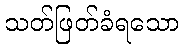
သတ်ဖြတ်ခံရသော